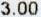
3.00